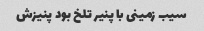
سیب زمینی با پنیر تلخ بود پنیزش